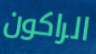
الراكون